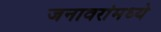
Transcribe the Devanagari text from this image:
जनावरांमध्ये